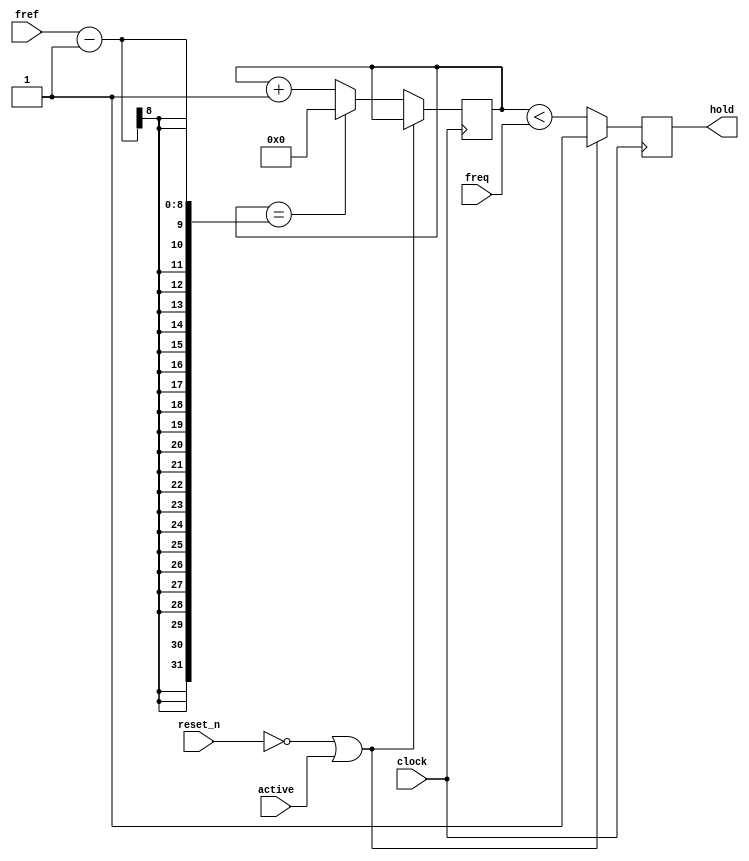
/*
 * ,   HOLD=0  ,
 *     
 */

module clockdiv
(
    input  wire         reset_n,
    input  wire         clock,      //  
    input  wire         active,     // =1 
    input  wire  [7:0]  freq,       //   12.5 = 125
    input  wire  [7:0]  fref,       //   25 = 250
    output reg          hold        // =1  =0 
);

initial hold = 1'b1;

reg [7:0] latch = 0;

always @(negedge clock)
if (reset_n == 0 || active) begin hold <= 1'b1; end
else begin

    hold  <= latch < freq;
    latch <= latch == (fref-1) ? 0 : latch + 1;

end

endmodule